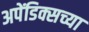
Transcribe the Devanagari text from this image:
अपेंडिक्सच्या